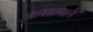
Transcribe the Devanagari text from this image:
कंपकपाने